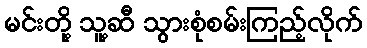
မင်းတို့ သူ့ဆီ သွားစုံစမ်းကြည့်လိုက်